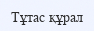
Тұтас құрал